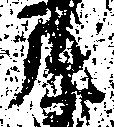
原